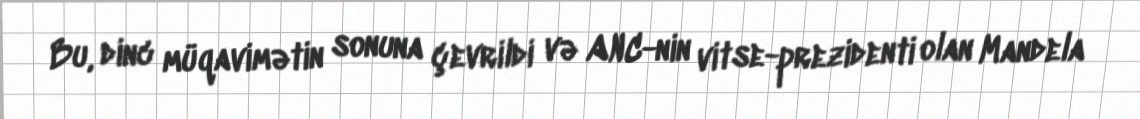
Bu, dinc müqavimətin sonuna çevrildi və ANC-nin vitse-prezidenti olan Mandela